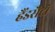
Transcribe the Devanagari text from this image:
हैंडसैटों